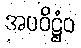
အပဝိဋ္ဌံဝ